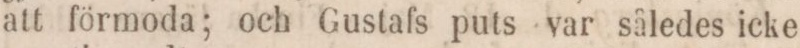
att förmoda; och gustafs puts var således icke